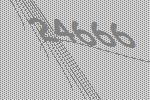
24666